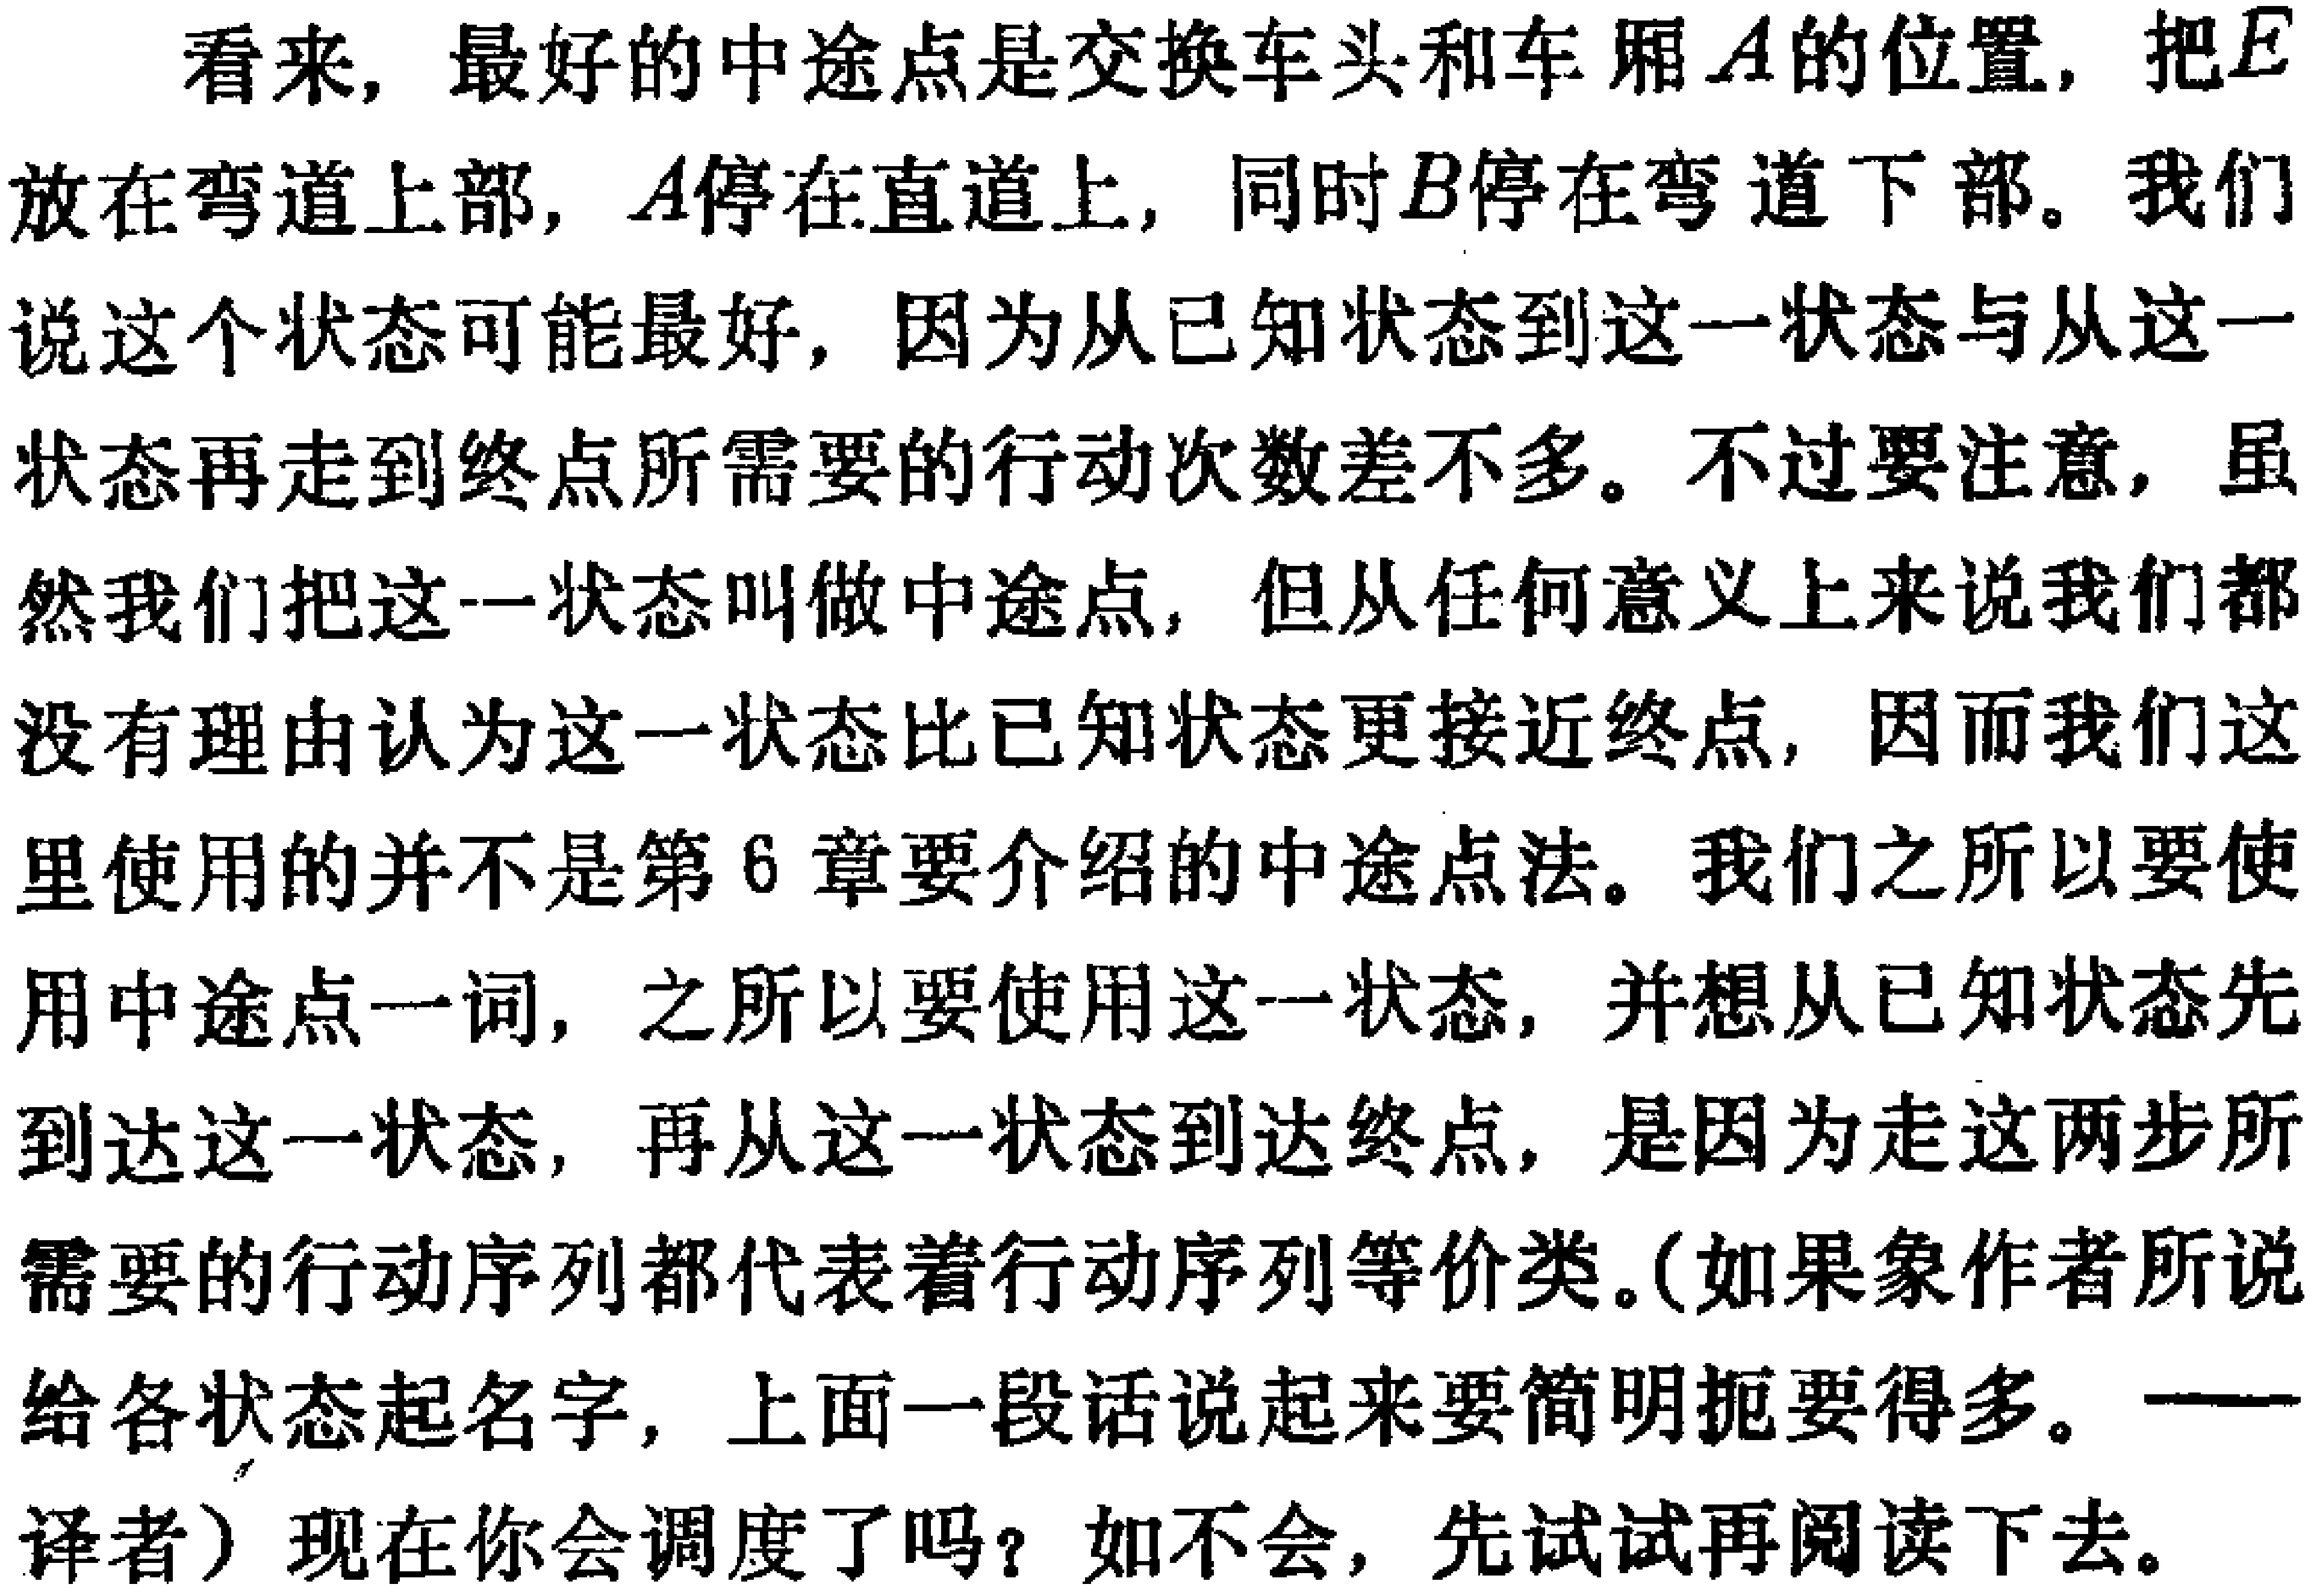
看来, 最好的中途点是交换车头和车厢\(A\)的位置, 把\(E\)放在弯道上部, \(A\)停在直道上, 同时\(B\)停在弯道下部。我们说这个状态可能最好, 因为从已知状态到这一状态与从这一状态再走到终点所需要的行动次数差不多。不过要注意, 虽然我们把这一状态叫做中途点, 但从任何意义上来说我们都没有理由认为这一状态比已知状态更接近终点, 因而我们这里使用的并不是第\(6\)章要介绍的中途点法。我们之所以要使用中途点一词, 之所以要使用这一状态, 并想从已知状态先到达这一状态, 再从这一状态到达终点, 是因为走这两步所需要的行动序列都代表着行动序列等价类。(如果象作者所说给各状态起名字, 上面一段话 说起来要简明扼要得多。 ——译者) 现在你会调度了吗？如不会, 先试试再阅读下去。